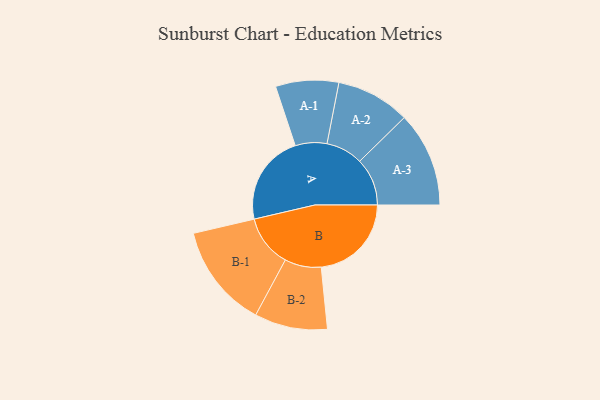
{"axis": {"x": "Segment", "y": "Value"}, "legend": ["", "A", "B"], "data": [{"x": "A", "y": 368, "type": ""}, {"x": "B", "y": 366, "type": ""}, {"x": "A-1", "y": 128, "type": "A"}, {"x": "A-2", "y": 150, "type": "A"}, {"x": "A-3", "y": 193, "type": "A"}, {"x": "B-1", "y": 211, "type": "B"}, {"x": "B-2", "y": 148, "type": "B"}]}